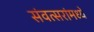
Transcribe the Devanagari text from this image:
संवत्सरांमध्ये